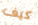
كيف